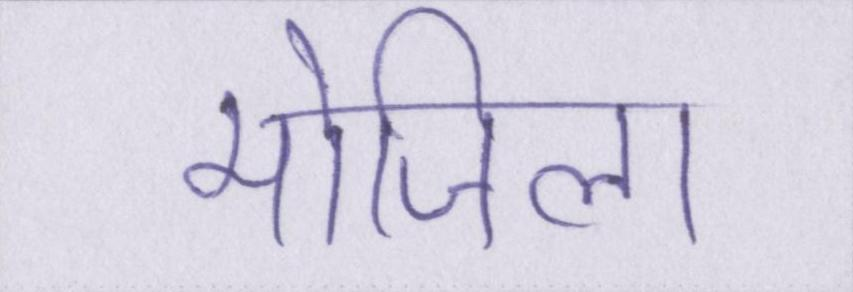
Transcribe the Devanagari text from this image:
मोजिला